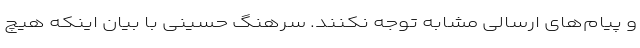
و پیام‌های ارسالی مشابه توجه نکنند. سرهنگ حسینی با بیان اینکه هیچ